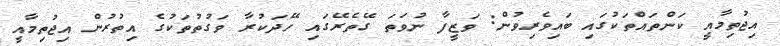
އިޖުތިމާއީ ކަންތައްތަކުގައި ބައިވެރިވުން: ވަޒީފާ ނުވަތަ ގޭތެރޭގައި ހޭދަކުރާ ވަގުތުތަކުގެ އިތުރުން އިޖުތިމާއީ